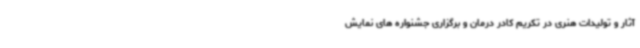
آثار و تولیدات هنری در تکریم کادر درمان و برگزاری جشنواره های نمایش